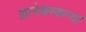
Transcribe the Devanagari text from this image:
ज्ञानेश्वरकन्या